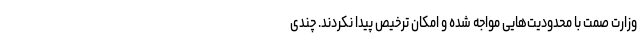
وزارت صمت با محدودیت‌هایی مواجه شده و امکان ترخیص پیدا نکردند. چندی